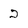
Character: 2